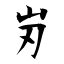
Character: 岃